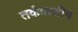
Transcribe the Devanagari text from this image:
तर्कवाशीग